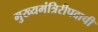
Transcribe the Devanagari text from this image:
मुख्यमंत्रिरीपदाची